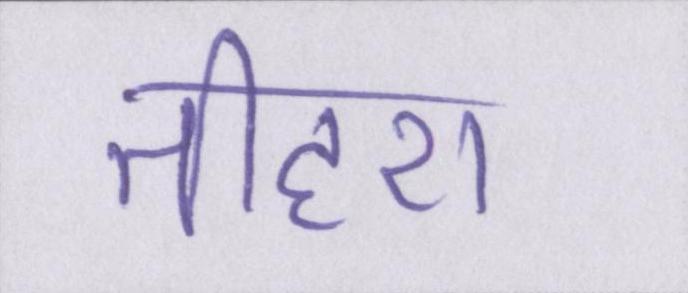
तीहरा